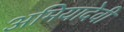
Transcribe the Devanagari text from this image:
अमियादेवी